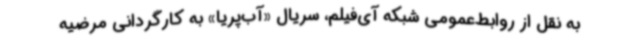
به نقل از روابط‌عمومی شبکه آی‌فیلم، سریال «آب‌پریا» به کارگردانی مرضیه